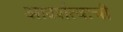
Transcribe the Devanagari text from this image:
आदर्शत्वाची